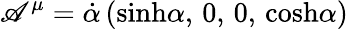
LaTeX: \mathscr{A}^{\mu}={\dot{{\alpha}}}\, ({\sinh}\alpha,\, 0,\, 0,\, {\cosh}\alpha)